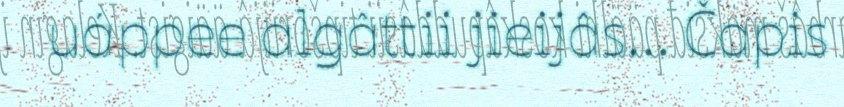
uáppee algâttii jieijâs... Čapis